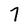
Character: 7